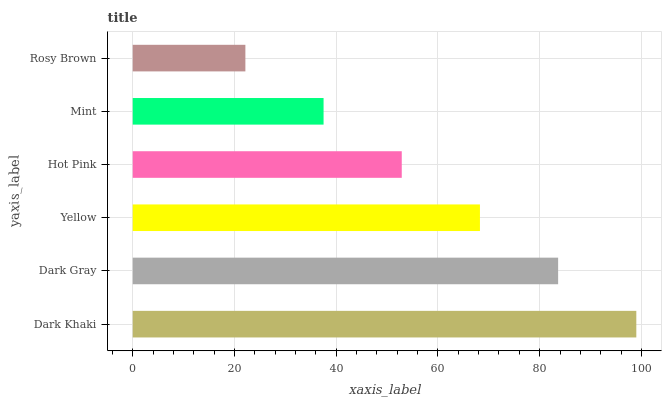
| yaxis_label | bars |
 | --- | --- |
 | Dark Khaki | 99 |
 | Dark Gray | 83.6 |
 | Yellow | 68.3 |
 | Hot Pink | 52.9 |
 | Mint | 37.5 |
 | Rosy Brown | 22.1 |